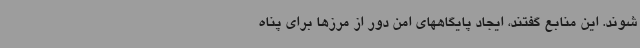
شوند. این منابع گفتند، ایجاد پایگاههای امن دور از مرزها برای پناه